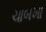
ચાબખા